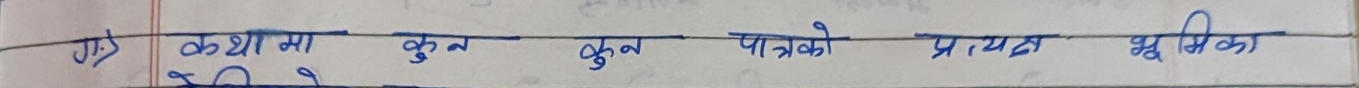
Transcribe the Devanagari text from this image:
कथा मा कुल कुल पात्रको प्रत्यक्ष भूमिका